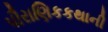
પૌરાણિકકથાની